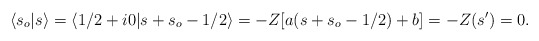
\begin{align*}\langle s_o\vert s\rangle = \langle 1/2 + i 0\vert s + s_o - 1/2\rangle= -Z [a (s + s_o - 1/2) + b] = -Z (s') = 0.\end{align*}